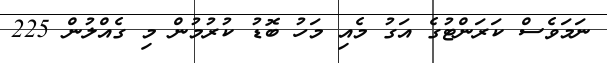
ނަމަވެސް ކަރަންޓުގެ އަގު މެއި މަހު ބޮޑު ކުރުމުން މި ގެއްލުން 225